Vital statistics of India. Vol. VI, European troops 1870-79
Year: 1870
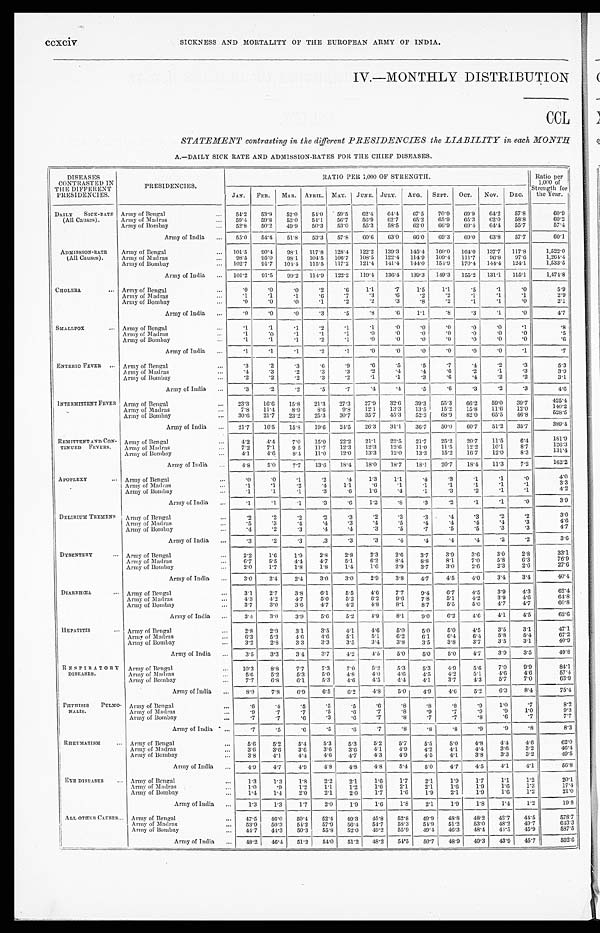
ccxciv SICKNESS AND MORTALITY OF THE EUROPEAN ARMY OF INDIA.
IV.—MONTHLY DISTRIBUTION
CCL
STATEMENT contrasting in the different PRESIDENCIES the LIABILITY in each MONTH
A.—DAILY SICK RATE AND ADMISSION-RATES FOR THE CHIEF DISEASES.
DISEASES
CONTRASTED IN
THE DIFFERENT
PRESIDENCIES.
PRESIDENCIES.
RATIO PER 1,000 OF STRENGTH.
Ratio per
1,000 of
Strength for
the Year.
JAN. FEB. MAR. APRIL. MAY. JUNE. JULY. AUG. SEPT. OCT. NOV. DEC.
DAILY SICK-RATE
(All Causes).
Army of Bengal
... 54.2 53.9 52. 0
54.0 59.5 62.4 64.4 67.5 70.9 69.9 64.2 57.8
60.9
Army of Madras
. . . 59.4 59.8 53.0 54.1 56.7 56.9 62.7 65.2 65.9 65.3 62.0 58.8
60.2
Army of Bombay
... 52.8 50.2 49.9 50.3 53.0 55.3 58.5 62.0 66.9 69.4 64.4 55.7
57.4
Army of India ... 55.0 54.4 51.8 53.3 57.8 60.6 63.0 66.0 69.3 69.0 63.8 57.7
60.1
ADMISSION-RATE (All Causes).
Army of Bengal
... 101.5 90.4 98.1 117.8 128.4 122.2 139.3 145.4 160.0
1 6 4 . 0 137.7 117.8
1, 522. 0
Army of Madras
... 98.5 95.0 98.1 104.5 106.7 108.5 122.4 114.9 109.4 111.7 96.8 97.6
1, 264. 4
Army of Bombay
... 102.7 91.7 104.4 115.5 117.2 121.4 141.4 144.0 154.9 170.4 144.4 124.1
1,533.5
Army of India ... 101.2 91.5 99.2 114.9 122.2 119.4 136.4 139.3 149.3 155.2 131.1 115.1
1, 474. 8
CHOLERA
... Army of Bengal
...
.0
.0
.0
. 2
.6 1.1
. 7
1.5
1.1
.5
.1
. 0 5.9
Army of Madras
...
.1
.1
. 1
. 6
.7
.3
. 6 .2
.2
.1
.1
. 1 2.9
Army of Bombay
...
.0
.0
.0
. 1
.2
.2
. 3 .8
.2
.1
.1
. 0 2 . 1
Army of India ...
.0
.0
.0
. 3
.5
.8
. 6
1.1
.8
.3
.1
. 0 4 . 7
SMALLPOX . . . Army of Bengal
...
.1
.1
.1
. 2
.1
.1
. 0 .0
.0
.0
.0
. 1 .8
Army of Madras
...
.1
.0
.1
. 1
.1
.0
. 0.0
.0
.0
.0
. 0 .5
Army of Bombay
. . .
.1
.1
.1
. 2
.1
.0
. 0 .0
.0
.0
.0
. 0 .6
Army of India ...
.1
.1
.1
. 2
.1
.0
. 0.0
.0
.0
.0
. 1 .7
ENTERIC FEVER... Army of Bengal
...
.3
.2
.3
. 6
.9
.6
. 5 .5
.7
.4
.2
. 3 5.3
Army of Madras
. . .
.4
.3
.2
. 3
.3
.2
. 4.4
.6
.2
.1
. 3 3.9
Army of Bombay
. . .
.2
.2
.2
. 3 . 2 .1
. 1 .3
.6
.4
.2
. 2 3.1
Army of India ...
.3
.2
.2
. 5 . 7 .4
. 4.5
.6
.3
.2
. 3 4 . 6
INTERMITTENT FEVER Army of Bengal
... 23.3 16.6 15.8 21.3 27.3 27.9 32.6 39.3 55.3 66.2 59.0 39.7
425.4
Army of Madras
...
7.8 11.4 8.9 8.6
9.8 12.1 13.3 13.5 15.2 15.8 11.6 12.0
140.2
Army of Bombay
... 30.6 21.7 23.2 25.3 30.7 35.7 45.3 52.3 68.9 82.0 65.5 46.8
528. 5
Army of India ... 21.7 16.5 15.8 19.6 24.5 26.3 31.1 36.7 50.0 60.7 51.2 35.7
389.4
REMITTENT AND CON-
TINUED FEVERS. Army of Bengal
...
4.2 4.4 7.0 15.0 22.2 21.1 22.5 21.7 25.2 20.7 11.5 6.4
181.9
Army of Madras
...
7.2 7.1
9 5 11.7 12.3 12.3 12.6 11.0 11.5 12.2 10.1
8. 7
126.3
Army of Bombay
...
4.1 4.6 8.4 11.0 12.0 13.3 12.0 13.3 15.2 16.7 12.0 8.3
131.4
Army of India ...
4.8
5.0
7.7 13.6 18.4 18.0 18.7 18.1 20.7 18.4 11.3 7.2
162.2
APOPLEXY
... Army of Bengal
. . .
.0
.0
.1
. 2
.4
1.3
1.1 .4
.3
.1
.1
. 0 4. 0
Army of Madras
...
.1
.1
.2
. 41.1
. 6
. 1 .1
.1
.1
.1
. 1 3.3
Army of Bombay
. . .
.1
.1
.1
. 3
.6
1.6
. 4.1
.3
.2
.1
. 1 4.2
Army of India ...
.1
.1
. 1
. 3
.6
1.2
. 8 .3
.2
.1
.1
. 0 3.9
DELIRIUM TREMENS Army of Bengal
. . .
.2
.2
.2
. 2
.3
.2
. 3.3
.4
.3
.2
. 2 3. 0
Army of Madras
...
.5
.3
. 4
. 4
.3
.4
. 5 .4
.4
.4
. 4
. 3 4.6
Army of Bombay
...
. 4 .2
.3
. 4 .4
.3
. 5 .7
.5
.5
.3
. 3 4. 7
Army of India ...
.3
.2
.3
.3
.3
.3
. 4 . 4
.4
.4
.2
. 2 3. 6
DYSENTERY
... Army of Bengal
...
2.2
1.6
1 . 9 2.8 2.8
2.3 2.6 3.7
3.9
3.6
3.0 2.8
33.1
Army of Madras
...
6.7 5.5
4.4
4 . 7 5.1
6.2 8.4 8.8
8.1
7.0
5.8 6.3
76.9
Army of Bombay
...
2.0 1.7
1.8
1.8 1.4 1.6 2.9 3. 7
3.0 2.6 2.3 2.6
27.6
Army of India ...
3.0 2.4 2.4 3.0 3.0
2.9 3.8 4.7
4.5 4.0 3.4 3.4
40.4
DIARRHŒA ... Army of Bengal
... 3.1
2.7
3.8 6.1 5.5 4.6 7.7 9.4
6.7 4.5 3.9 4.3
62.4
Army of Madras
...
4.3 4.2 4.7 5.0 5.2 6.2 9.6 7.8 5.1
4.2 3.9
4 . 6 64.8
Army of Bombay
...
3.7
3.0 3.6 4.7 4.2 4.8 8.1
8.7
5.5 5.0 4.7 4.7
60.8
Army of India ...
3.4
3.0
3.9 5.6 5.2 4.9 8.1 9.0 6.2
4.6 4.1 4.5
62.6
HEPATITIS
. . . Army of Bengal
...
2.8 2.9
3.1
3.5 4.1
4.6
5 . 0 5. 0
5.0 4.5 3.5 3.1
47.1
Army of Madras
...
6.3 5.3
4.6
4 . 6 5.1
5.1 6.2 6.1
6.4 6.4 5.8 5.4
67.2
Army of Bombay
...
3.2
2.8
3.3
3.3 3.5 3.4 3.8
3. 5
3.8
3.7
3.5
3 . 1 40.9
Army of India ...
3.5 3.3
3.4 3.7 4.2 4.5
5.0
5. 0
5 . 0
4.7 3.9 3.5
49.8
RESPIRATORY DISEASES.
Army of Bengal
. . . 10.3 8.8
7.7
7.3 7.0 5.2
5.3 5.3
4.9 5.6
7.0 9.9
84.1
Army of Madras
. . . 5.6 5.2
5.3 5.0 4.8
4.0
4 . 6 4.5
4.2 5.1
4.6 4.6
57.4
Army of Bombay
...
7.7 6.8
6.1
5.3 4.6 4.5
4 . 4 4.1
3.7
4.3
5.7 7.0
63.9
Army of India ...
8.9 7.8
6.9 6.5 6.2 4 . 8
5.0 4.9 4.6 5.2
6.3 8 . 4
75.4
PHTHISIS PULMO-
NALIS.
Army of Bengal
...
.6
. 4 .5
.5
.5
.6
.8
.8
.8
.9
1.0
.7
8.2
Army of Madras
...
.9
.7
.7
.5
.6
.7
.8
.9
.7
.9
.9
1.0
9.3
Army of Bombay
...
.7
.7
.6
.3
.6
.7
.8
.7
.7
.8
. 6 .7
7.7
Army of India ...
.7
.5
.6
.5
. 6 .7
. 8 .8
.8
.9 .9
.8
8.3
RHEUMATISM
. . . Army of Bengal
...
5.6 5.2
5 . 4
5.3 5.3 5.2 5.7
5.5 5.0 4.8 4.4 4.6
62.0
Army of Madras
...
3.6 3.6 3.6 3.6 3.6 4.1
4.9 4.2 4.1 4.4 3.6 3.2
46.4
Army of Bombay
. . . 3.8 4.1
4.4 4.6 4.7 4.3 4.9 4.5 4.1
3.8 3.3 3.2
49.5
Army of India
. . . 4.9 4.7 4.9
4 . 8 4.8
4 . 8 5.4 5.0 4.7 4.5 4.1
4.1
56. 8
EYE DISEASES
. . . Army of Bengal
...
1.3
1.3 1.8
2.2 2.1 1.6 1.7
2.1
1.9
1.7
1.1
1.2
20.1
Army of Madras
...
1 . 0
.9
1.2
1.1
1.2 1.6 2.1
2.1
1.6 1.9
1.6 1.3
17.4
Army of Bombay
...
1.4
1.4
2.0
2.1 2.0
1.7
1.6 1.9
2.1 1.9
1.6 1.2
21.0
Army of India ...
1.3
1.3
1.7
2.0 1.9 1.6 1.8 2.1 1.9
1.8
1.4 1.2
19.8
ALL OTHER CAUSES ... Army of Bengal
... 47.5 46.0 50.4 52.4 49.3 45.8 52.8 49.9 48.8 48.2 42.7 44.5
578.7
Army of Madras
... 53.9 50.3 54.2 57.9 56.4 54.7 58.3 54.9 51.2 53.0 48.2 49.7
643.3
Army of Bombay
... 44.7 44.3 50.3 55.8 52.0 49.2 55.9 49.4 46.3 48.4 44.5
4 5 . 9 587.5
Army of India ... 48.2 46.4 51.2 54.0 51.2 48.2 54.5 50.7 48.9 49.3 43.9 45.7
592.6